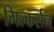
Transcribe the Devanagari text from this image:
गिल्कर्सन